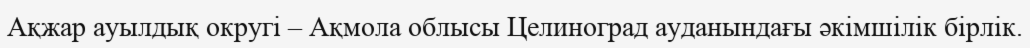
Ақжар ауылдық округі – Ақмола облысы Целиноград ауданындағы әкімшілік бірлік.